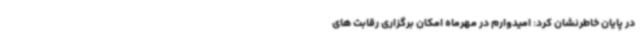
در پایان خاطرنشان کرد: امیدوارم در مهرماه امکان برگزاری رقابت های